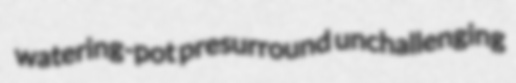
watering-pot presurround unchallenging